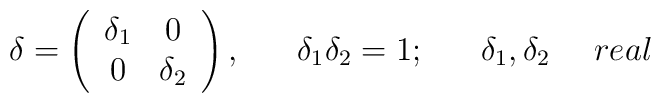
\delta = \left(\begin{array}{cc}          \delta _1 & 0 \\          0 & \delta _2         \end{array}\right)  ,~~~~~\delta _1 \delta _2 = 1;~~~~~   \delta _1 , \delta _2 ~~~~real